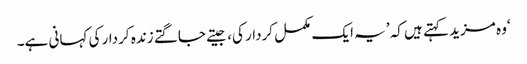
‘وہ مزید کہتے ہیں کہ ’یہ ایک مکمل کردار کی، جیتے جاگتے زندہ کردار کی کہانی ہے۔